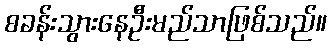
စခန်းသွားနေဦးမည်သာဖြစ်သည်။